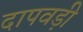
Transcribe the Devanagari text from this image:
दापवड़ी